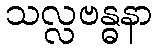
သလ္လဗန္ဓနာ